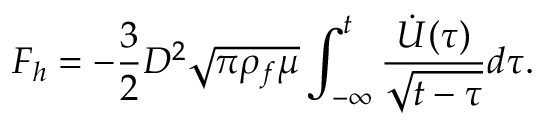
F _ { h } = - \frac { 3 } { 2 } D ^ { 2 } \sqrt { \pi \rho _ { f } \mu } \int _ { - \infty } ^ { t } \frac { \dot { U } ( \tau ) } { \sqrt { t - \tau } } d \tau .